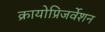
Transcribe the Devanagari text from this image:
क्रायोप्रिजर्वेशन